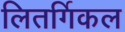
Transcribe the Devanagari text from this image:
लितर्गिकल